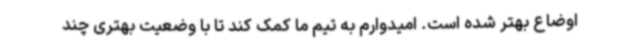
اوضاع بهتر شده است. امیدوارم به تیم ما کمک کند تا با وضعیت بهتری چند